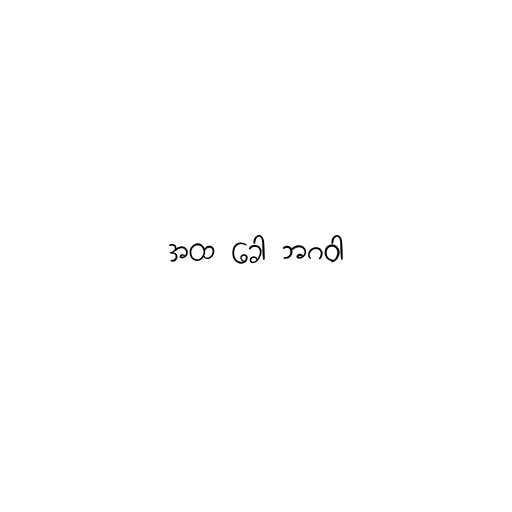
အထ ခေါ ဘဂဝါ